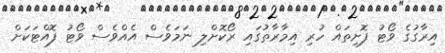
އިރާގުގެ ވޯޓު ފޮށިތައް ހުރި އިމާރާތުގައި ރޯކޮށްލި ނަމަވެސް އެއްވެސް ވޯޓު ފޮއްޓަކަށް